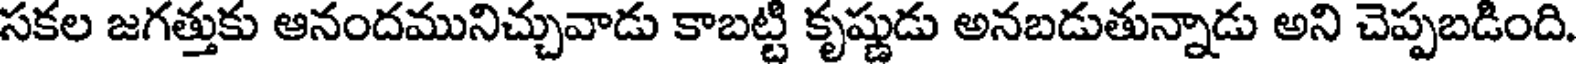
సకల జగత్తుకు ఆనందమునిచ్చువాడు కాబట్టి కృష్ణుడు అనబడుతున్నాడు అని చెప్పబడింది.